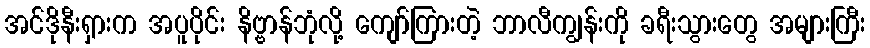
အင်ဒိုနီးရှားက အပူပိုင်း နိဗ္ဗာန်ဘုံလို့ ကျော်ကြားတဲ့ ဘာလီကျွန်းကို ခရီးသွားတွေ အများကြီး